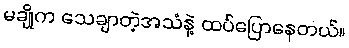
မချိုက သေချာတဲ့အသံနဲ့ ထပ်ပြောနေတယ်။